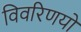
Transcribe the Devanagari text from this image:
विवरिणयों